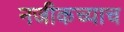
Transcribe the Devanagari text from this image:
नजीकच्याच